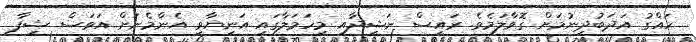
ހައްގު އަދަބުދިނުމަށް ގޮވާލަމެވެ. ރައީސް ނަޝީދާއި މިހަމަލާގައި އަނިޔާވި އެންމެނަށް އަވަސް ޝިފާ